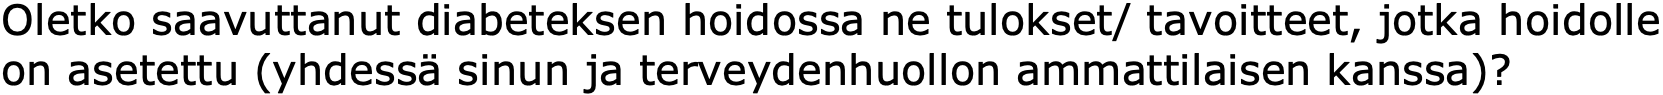
Oletko saavuttanut diabeteksen hoidossa ne tulokset/ tavoitteet, jotka hoidolle on asetettu (yhdessä sinun ja terveydenhuollon ammattilaisen kanssa)?